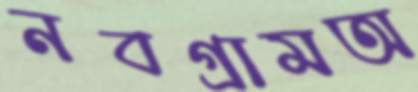
নবগ্রামঅ